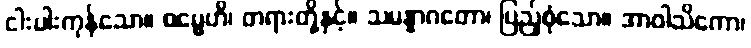
ငါးပါးကုန်သော။ ဓမ္မေဟိ၊ တရားတို့နှင့်။ သမန္နာဂတော၊ ပြည့်စုံသော။ အာဝါသိကော၊